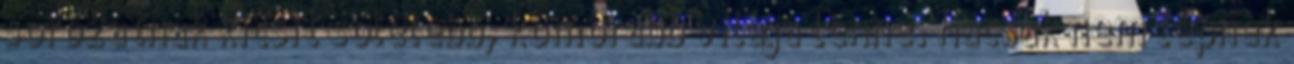
sorozatnak kicsit sötétebb, komorabb világa lenne. Hacsak nem lepnek